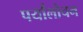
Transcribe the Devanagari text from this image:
पर्यांलोचन